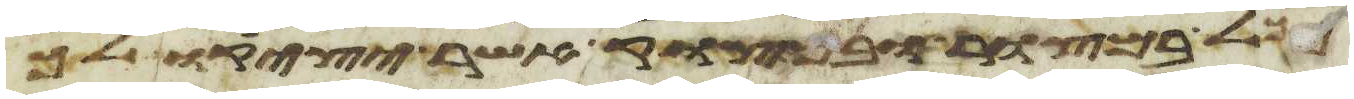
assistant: לך במצור ובמצוק אשר יציק לך